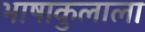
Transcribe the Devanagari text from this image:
भाषाकुलाला